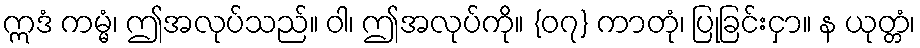
ဣဒံ ကမ္မံ၊ ဤအလုပ်သည်။ ဝါ၊ ဤအလုပ်ကို။ {၀၇} ကာတုံ၊ ပြုခြင်းငှာ။ န ယုတ္တံ၊